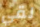
لقي